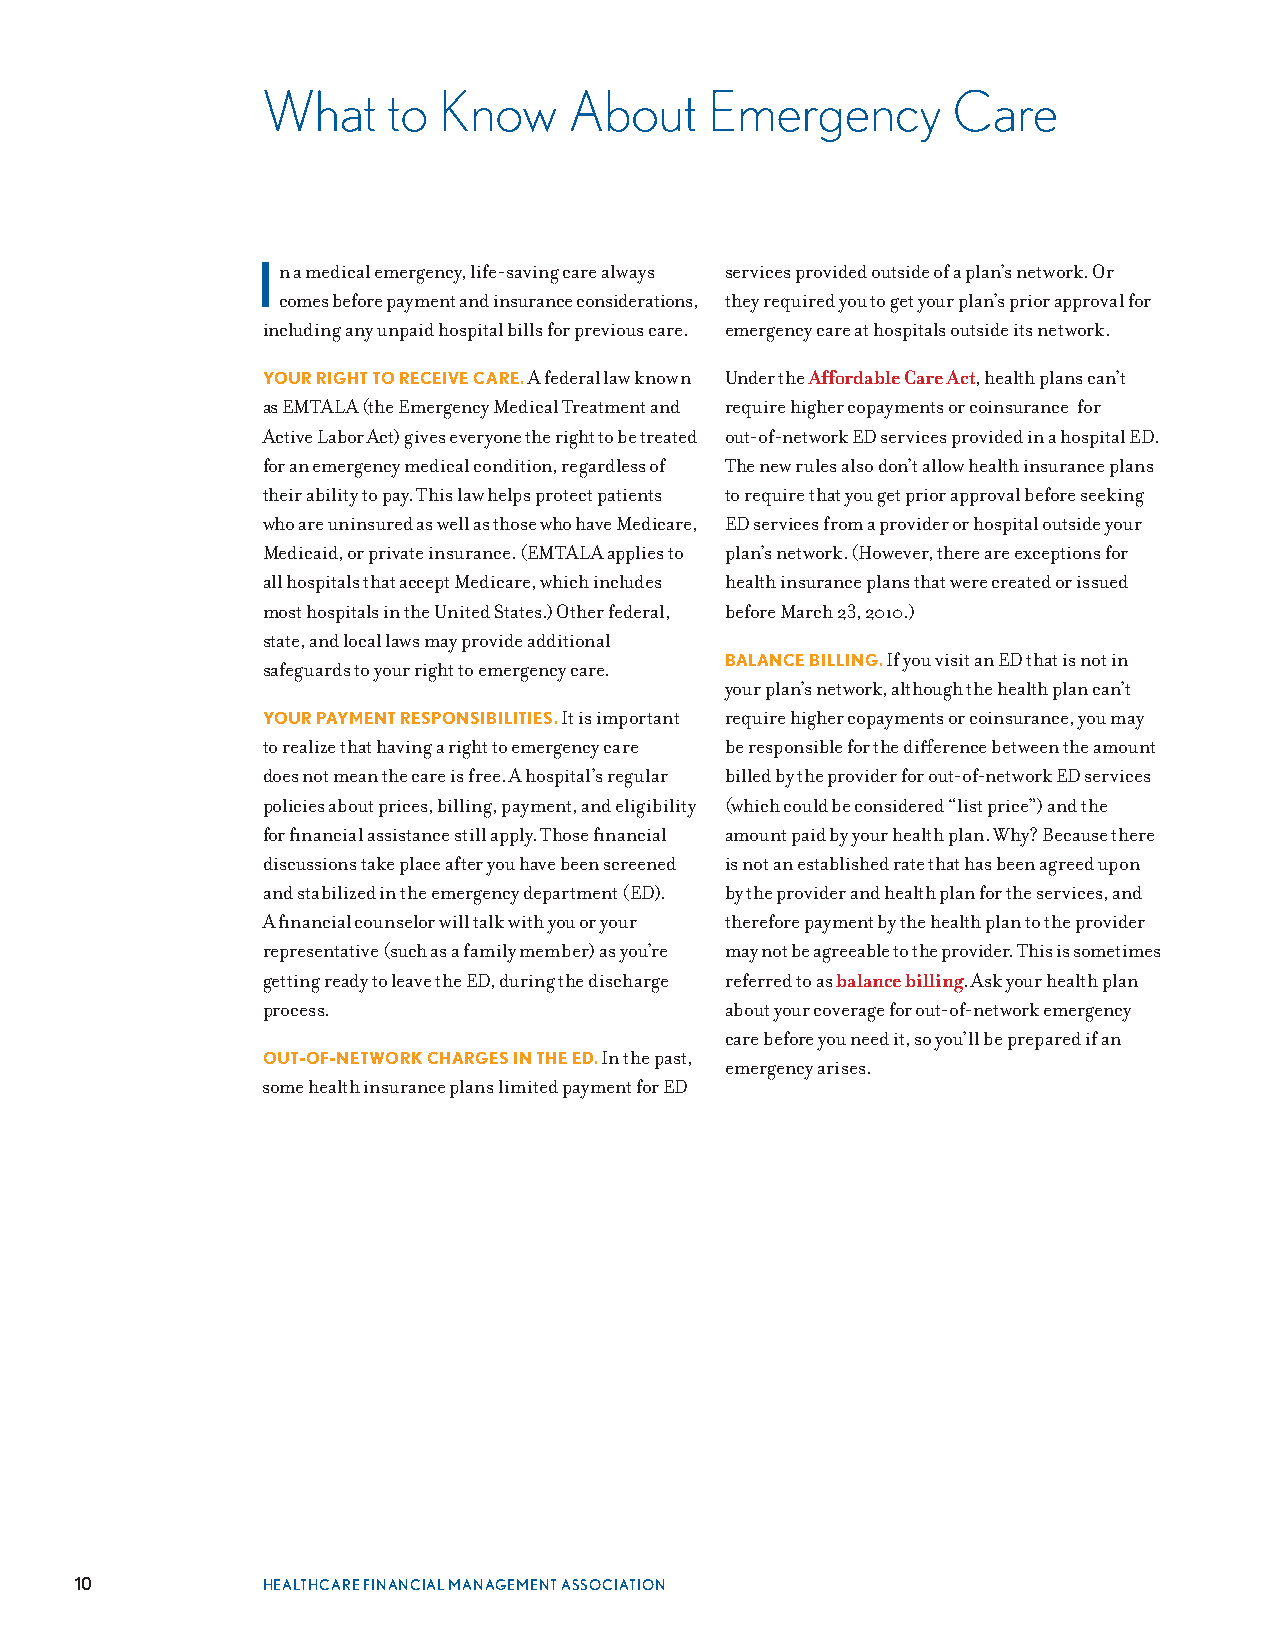
What     to Know     About    Emergency       Care
 In a medical emergency, life-saving care always services provided outside of a plan’s network . Or
 comes before payment and insurance considerations, they required you to get your plan’s prior approval for
 including any unpaid hospital bills for previous care . emergency care at hospitals outside its network .
 YOUR RIGHT TO RECEIVE CARE. A federal law known Under the Affordable Care Act, health plans can’t
 as EMTALA (the Emergency Medical Treatment and require higher copayments or coinsurance for
 Active Labor Act) gives everyone the right to be treated out-of-network ED services provided in a hospital ED .
 for an emergency medical condition, regardless of The new rules also don’t allow health insurance plans
 their ability to pay . This law helps protect patients to require that you get prior approval before seeking
 who are uninsured as well as those who have Medicare, ED services from a provider or hospital outside your
 Medicaid, or private insurance . (EMTALA applies to plan’s network . (However, there are exceptions for
 all hospitals that accept Medicare, which includes health insurance plans that were created or issued
 most hospitals in the United States .) Other federal, before March 23, 2010 .)
 state, and local laws may provide additional
 BALANCE BILLING. If you visit an ED that is not in
 safeguards to your right to emergency care .
 your plan’s network, although the health plan can’t
 YOUR PAYMENT RESPONSIBILITIES. It is important require higher copayments or coinsurance, you may
 to realize that having a right to emergency care be responsible for the difference between the amount
 does not mean the care is free . A hospital’s regular billed by the provider for out-of-network ED services
 policies about prices, billing, payment, and eligibility (which could be considered “list price”) and the
 for financial assistance still apply . Those financial amount paid by your health plan . Why? Because there
 discussions take place after you have been screened is not an established rate that has been agreed upon
 and stabilized in the emergency department (ED) . by the provider and health plan for the services, and
 A financial counselor will talk with you or your therefore payment by the health plan to the provider
 representative (such as a family member) as you’re may not be agreeable to the provider . This is sometimes
 getting ready to leave the ED, during the discharge referred to as balance billing . Ask your health plan
 process .                      about your coverage for out-of-network emergency
 care before you need it, so you’ll be prepared if an
 OUT-OF-NETWORK CHARGES IN THE ED. In the past,
 emergency arises .
 some health insurance plans limited payment for ED
 10          HEALTHCARE FINANCIAL MANAGEMENT ASSOCIATION